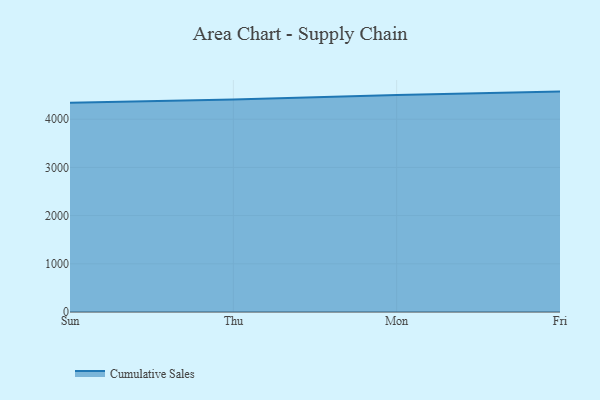
{"axis": {"x": "Day", "y": "Page Views"}, "legend": ["Cumulative Sales"], "data": [{"x": "Sun", "y": 4339.7, "type": "Cumulative Sales"}, {"x": "Thu", "y": 4408.6, "type": "Cumulative Sales"}, {"x": "Mon", "y": 4502.4, "type": "Cumulative Sales"}, {"x": "Fri", "y": 4572.4, "type": "Cumulative Sales"}]}